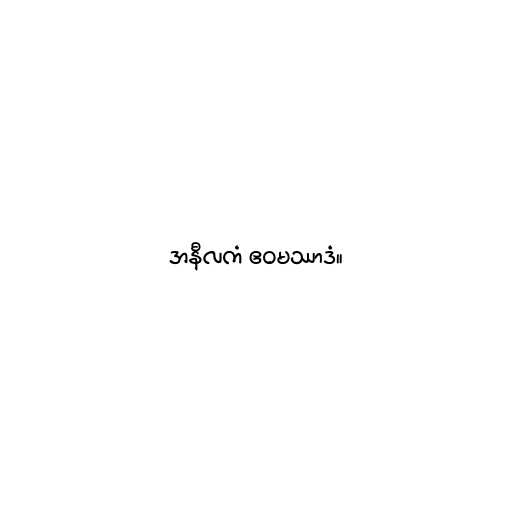
အနီလကံ ဧဝမဿာဒံ။